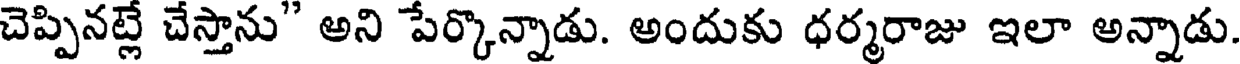
చెప్పినట్లే చేస్తాను" అని పేర్కొన్నాడు. అందుకు ధర్మరాజు ఇలా అన్నాడు.